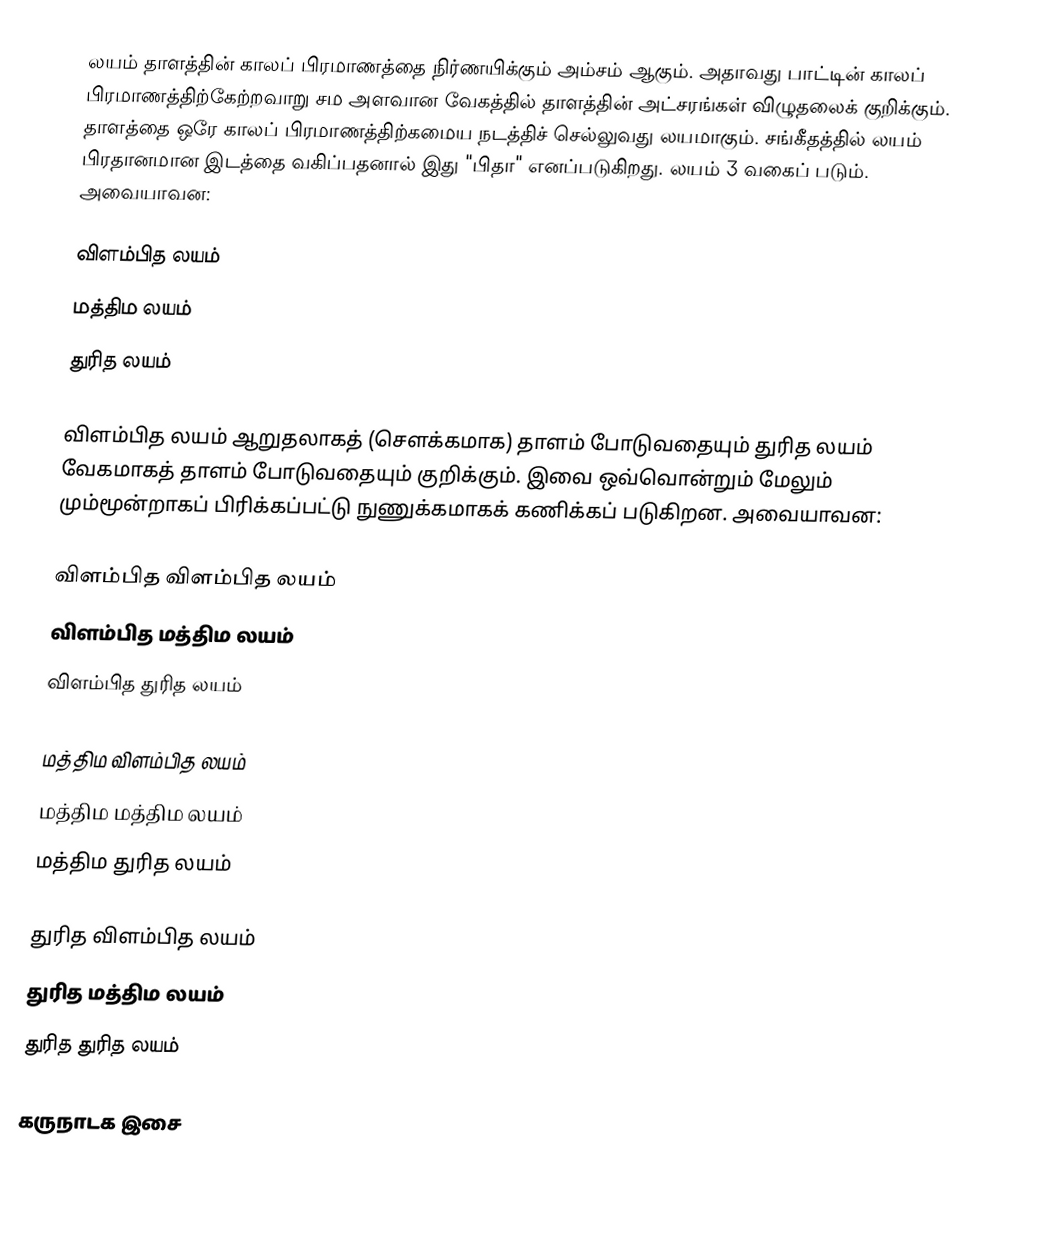
லயம் தாளத்தின் காலப் பிரமாணத்தை நிர்ணயிக்கும் அம்சம் ஆகும். அதாவது பாட்டின் காலப் பிரமாணத்திற்கேற்றவாறு சம அளவான வேகத்தில் தாளத்தின் அட்சரங்கள் விழுதலைக் குறிக்கும். தாளத்தை ஒரே காலப் பிரமாணத்திற்கமைய நடத்திச் செல்லுவது லயமாகும். சங்கீதத்தில் லயம் பிரதானமான இடத்தை வகிப்பதனால் இது "பிதா" எனப்படுகிறது. லயம் 3 வகைப் படும். அவையாவன:

 விளம்பித லயம்
 மத்திம லயம்
 துரித லயம்

விளம்பித லயம் ஆறுதலாகத் (சௌக்கமாக) தாளம் போடுவதையும் துரித லயம் வேகமாகத் தாளம் போடுவதையும் குறிக்கும். இவை ஒவ்வொன்றும் மேலும் மும்மூன்றாகப் பிரிக்கப்பட்டு நுணுக்கமாகக் கணிக்கப் படுகிறன. அவையாவன:

  விளம்பித விளம்பித லயம்
  விளம்பித மத்திம லயம்
  விளம்பித துரித லயம்

 மத்திம விளம்பித லயம்
 மத்திம மத்திம லயம்
 மத்திம துரித லயம்

 துரித விளம்பித லயம்
 துரித மத்திம லயம்
 துரித துரித லயம்

 கருநாடக இசை